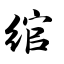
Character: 绾